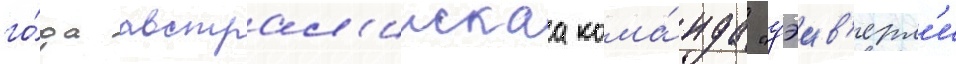
го́да австрал'иискаа кома́нда "уэив'ерл'и